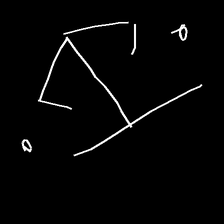
Glyph: earth